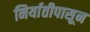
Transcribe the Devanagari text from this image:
निर्यातीपासून